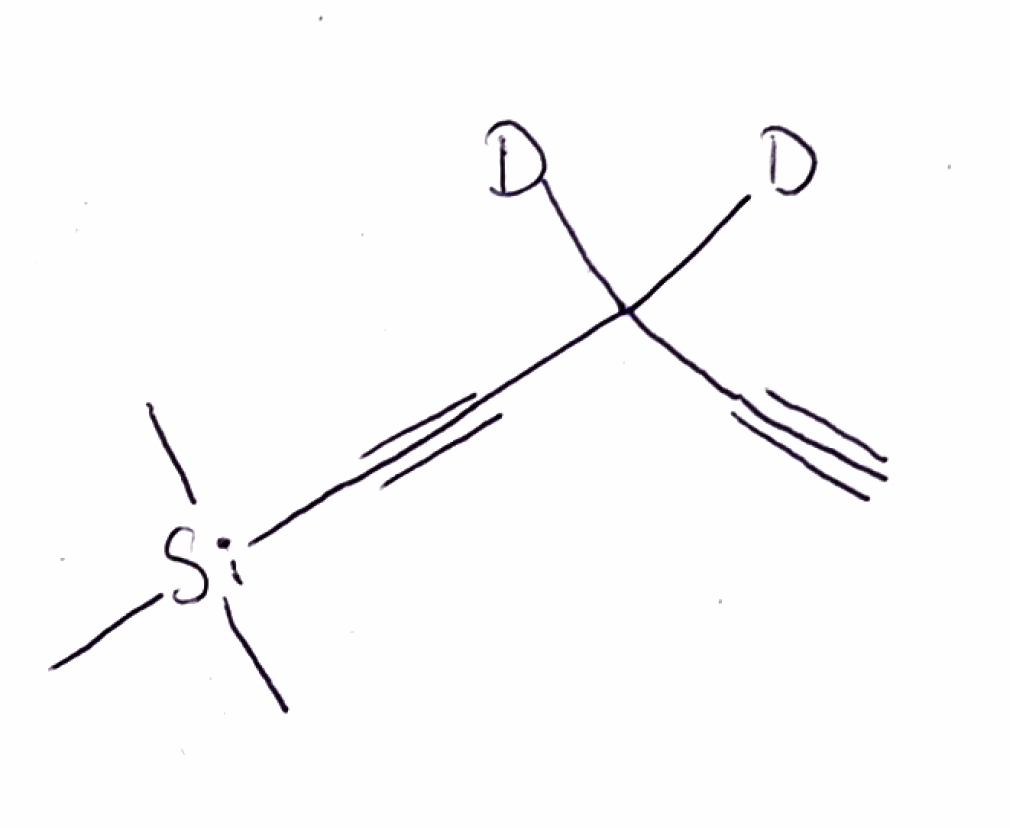
Simplified molecular-input line-entry system (SMILES) notation of the given molecule:
[2H]C([2H])(C#C)C#C[Si](C)(C)C